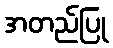
အတည်ပြု